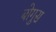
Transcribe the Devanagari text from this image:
बोगुस